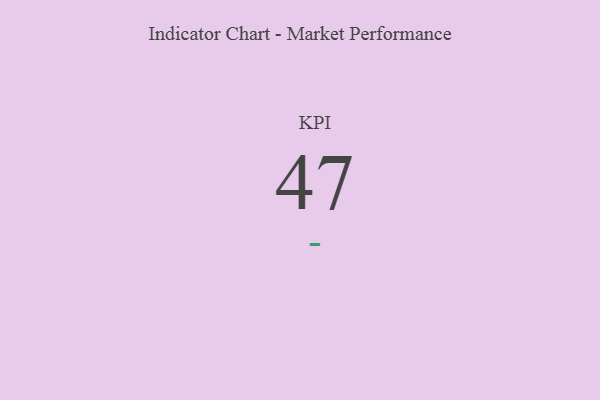
{"axis": {"x": "KPI", "y": "Value"}, "legend": [""], "data": [{"x": "KPI", "y": 47, "type": ""}]}